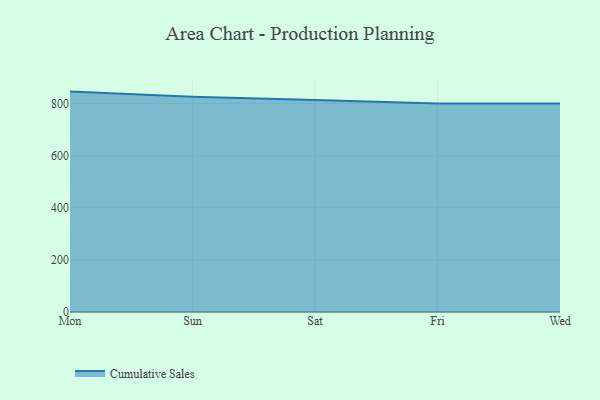
{"axis": {"x": "Day", "y": "Waste Production (Tons)"}, "legend": ["Cumulative Sales"], "data": [{"x": "Mon", "y": 845.7, "type": "Cumulative Sales"}, {"x": "Sun", "y": 826.4, "type": "Cumulative Sales"}, {"x": "Sat", "y": 813.8, "type": "Cumulative Sales"}, {"x": "Fri", "y": 800, "type": "Cumulative Sales"}, {"x": "Wed", "y": 800, "type": "Cumulative Sales"}]}